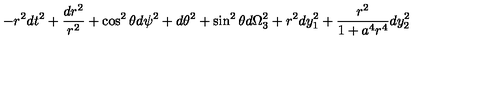
- r ^ { 2 } d t ^ { 2 } + { \frac { d r ^ { 2 } } { r ^ { 2 } } } + \cos ^ { 2 } \theta d \psi ^ { 2 } + d \theta ^ { 2 } + \sin ^ { 2 } \theta d \Omega _ { 3 } ^ { 2 } + r ^ { 2 } d y _ { 1 } ^ { 2 } + { \frac { r ^ { 2 } } { 1 + a ^ { 4 } r ^ { 4 } } } d y _ { 2 } ^ { 2 }